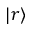
| r \rangle